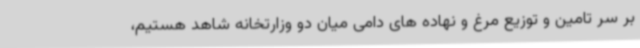
بر سر تامین و توزیع مرغ و نهاده های دامی میان دو وزارتخانه شاهد هستیم،